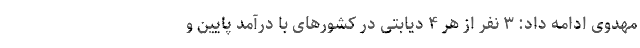
مهدوی ادامه داد: ۳ نفر از هر ۴ دیابتی در کشورهای با درآمد پایین و